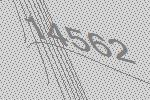
14562